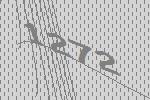
1272